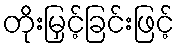
တိုးမြှင့်ခြင်းဖြင့်